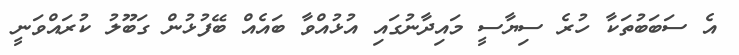
އެ ސަބަބުތަކާ ހުރެ ސިޔާސީ މައިދާނުގައި އުޅުއްވާ ބައެއް ބޭފުޅުން ގަބޫލު ކުރައްވަނީ